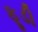
ફૂડી